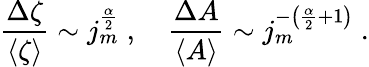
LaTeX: \frac{\Delta\zeta}{\langle\zeta\rangle}\sim j_{m}^{\frac{\alpha}{2}}\; ,\quad\frac{\Delta A}{\langle A\rangle}\sim j_{m}^{-\left(\frac{\alpha}{2}+1\right)}\ .